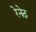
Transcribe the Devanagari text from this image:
रेनेठ